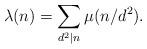
LaTeX: \begin{align*}\lambda(n)= \sum_{d^2 \mid n} \mu(n/d^2).\end{align*}